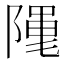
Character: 𮥖